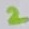
Text: 2